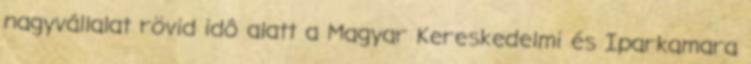
nagyvállalat rövid idô alatt a Magyar Kereskedelmi és Iparkamara